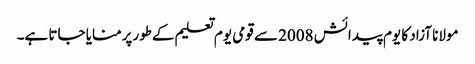
مولانا آزاد کا یوم پیدائش 2008 سے قومی یوم تعلیم کےطورپرمنایا جاتا ہے۔